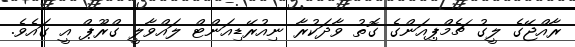
ރާއްޖޭގެ ލީގު ޗެމްޕިއަންގެ ގޮތު ވާދަކުރާ ނިއުރޭޑިއަންޓް ލައްވާލީ ގްރޫޕް އީ ގައެވެ.